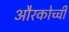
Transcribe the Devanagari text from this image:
औरकोच्ची